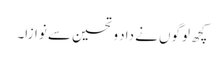
کچھ لوگوں نے داد و تحسین سے نوازا۔